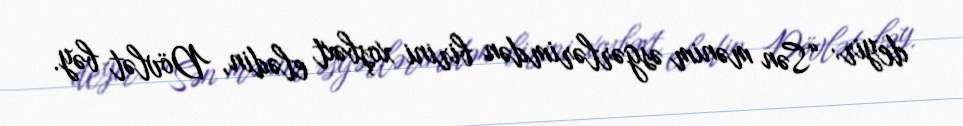
deyir: “Sən mənim əsgərlərimdən birini xoşbəxt elədin, Dövlət bəy.